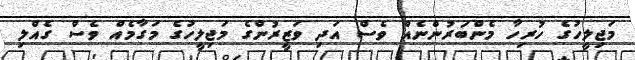
މަޖިލީހުގެ ހުރިހާ މެންބަރުންނެއް ވެސް އަދި ވަޒީރުންގެ މަޖިލީހުގެ މަގާމެއް ވެސް ގެއްލި